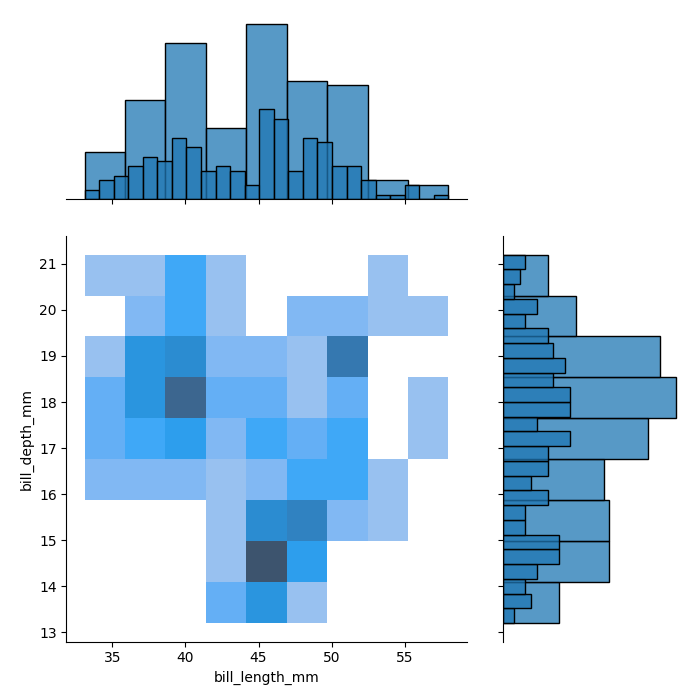
python, seaborn, jointplot, kind='hist', height='7', ratio='2', marginal_ticks='False'